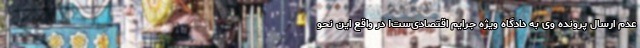
عدم ارسال پرونده وی به دادگاه ویژه جرایم اقتصادی‌ست! در واقع این نحو